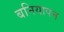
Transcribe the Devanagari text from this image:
बनियापन